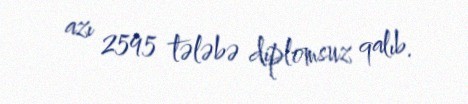
azı 2595 tələbə diplomsuz qalıb.